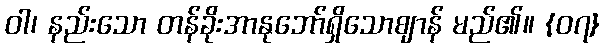
ဝါ၊ နည်းသော တန်ခိုးအာနုဘော်ရှိသောဈာန် မည်၏။ {၀၇}